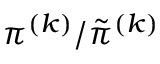
\pi ^ { ( k ) } / \tilde { \pi } ^ { ( k ) }